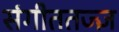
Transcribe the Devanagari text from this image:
संगीततज्ज्ञ